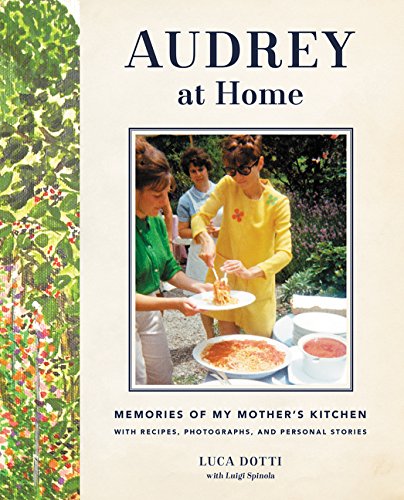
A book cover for Audrey at Home: Memories of My Mother's Kitchen; Luca Dotti; Humor & Entertainment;